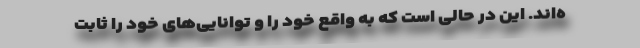
ه‌اند. این در حالی است که به واقع خود را و توانایی‌های خود را ثابت